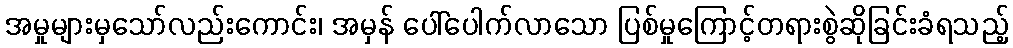
အမှုများမှသော်လည်းကောင်း၊ အမှန် ပေါ်ပေါက်လာသော ပြစ်မှုကြောင့်တရားစွဲဆိုခြင်းခံရသည့်